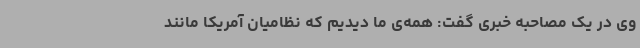
وی در یک مصاحبه‌ خبری گفت: همه‌ی ما دیدیم که نظامیان آمریکا مانند